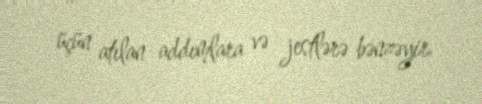
üçün atılan addımlara və jestlərə bənzəyir.